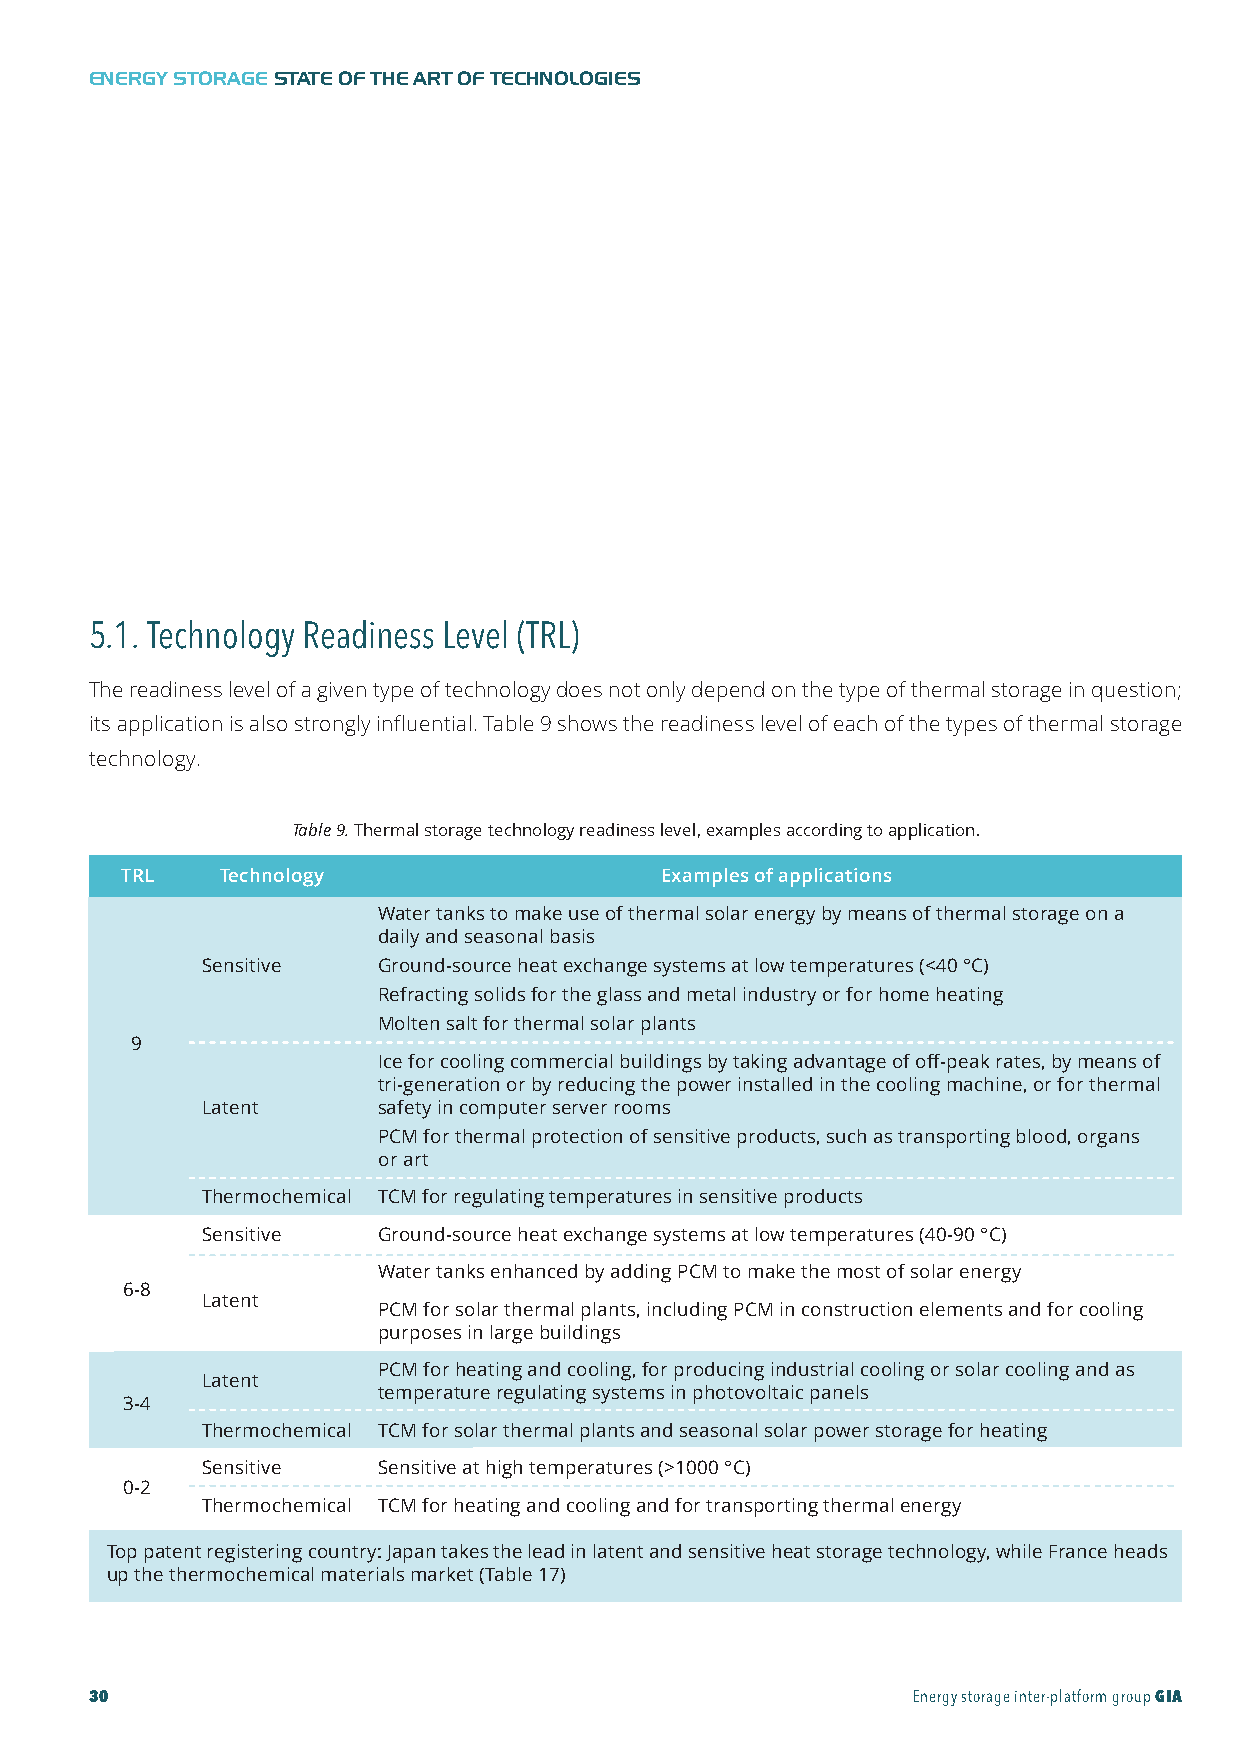
GIA-Maqueta-ENG 18/11/2015 10:05 Página 30
 ENERGY STORAGESTATE OF THE ART OF TECHNOLOGIES
 5.1. Technology Readiness Level (TRL)
 The readiness level of a given type of technology does not only depend on the type of thermal storage in question;
 its application is also strongly influential. Table 9 shows the readiness level of each of the types of thermal storage
 technology.
 Table9.Thermal storage technology readiness level, examples according to application.
 TRL   Technology                    Examples of applications
 Water tanks to make use of thermal solar energy by means of thermal storage on a
 daily and seasonal basis
 Sensitive   Ground-source heat exchange systems at low temperatures (<40 °C)
 Refracting solids for the glass and metal industry or for home heating
 Molten salt for thermal solar plants
 9
 Ice for cooling commercial buildings by taking advantage of off-peak rates, by means of
 tri-generation or by reducing the power installed in the cooling machine, or for thermal
 Latent      safety in computer server rooms
 PCM for thermal protection of sensitive products, such as transporting blood, organs
 or art
 Thermochemical TCM for regulating temperatures in sensitive products
 Sensitive   Ground-source heat exchange systems at low temperatures (40-90 °C)
 Water tanks enhanced by adding PCM to make the most of solar energy
 6-8
 Latent
 PCM for solar thermal plants, including PCM in construction elements and for cooling
 purposes in large buildings
 PCM for heating and cooling, for producing industrial cooling or solar cooling and as
 Latent
 temperature regulating systems in photovoltaic panels
 3-4
 Thermochemical TCM for solar thermal plants and seasonal solar power storage for heating
 Sensitive   Sensitive at high temperatures (>1000 °C)
 0-2
 Thermochemical TCM for heating and cooling and for transporting thermal energy
 Top patent registering country: Japan takes the lead in latent and sensitive heat storage technology, while France heads
 up the thermochemical materials market (Table 17)
 30                                                    Energy storage inter-platform groupGIA